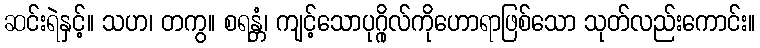
ဆင်းရဲနှင့်။ သဟ၊ တကွ။ စရန္တံ၊ ကျင့်သောပုဂ္ဂိုလ်ကိုဟောရာဖြစ်သော သုတ်လည်းကောင်း။